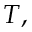
T ,